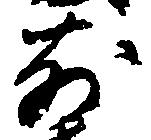
前